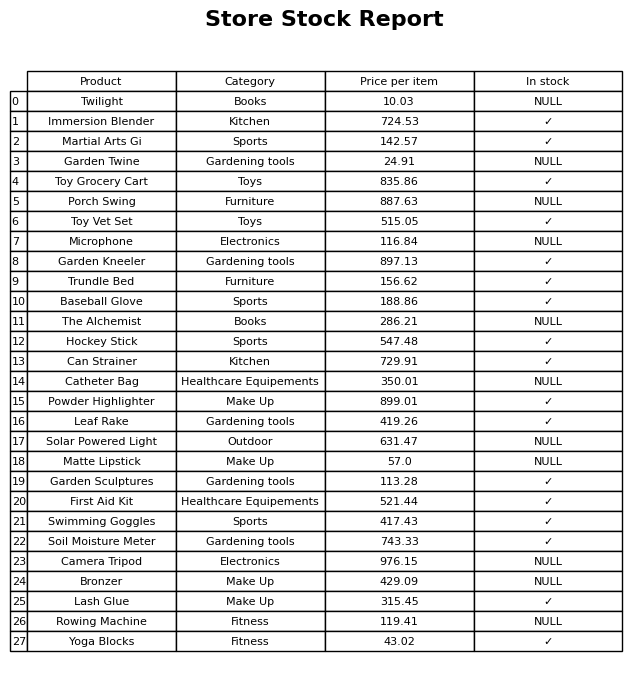
question: What is the price for Matte Lipstick?
answer: The price of Matte Lipstick is 57.0.